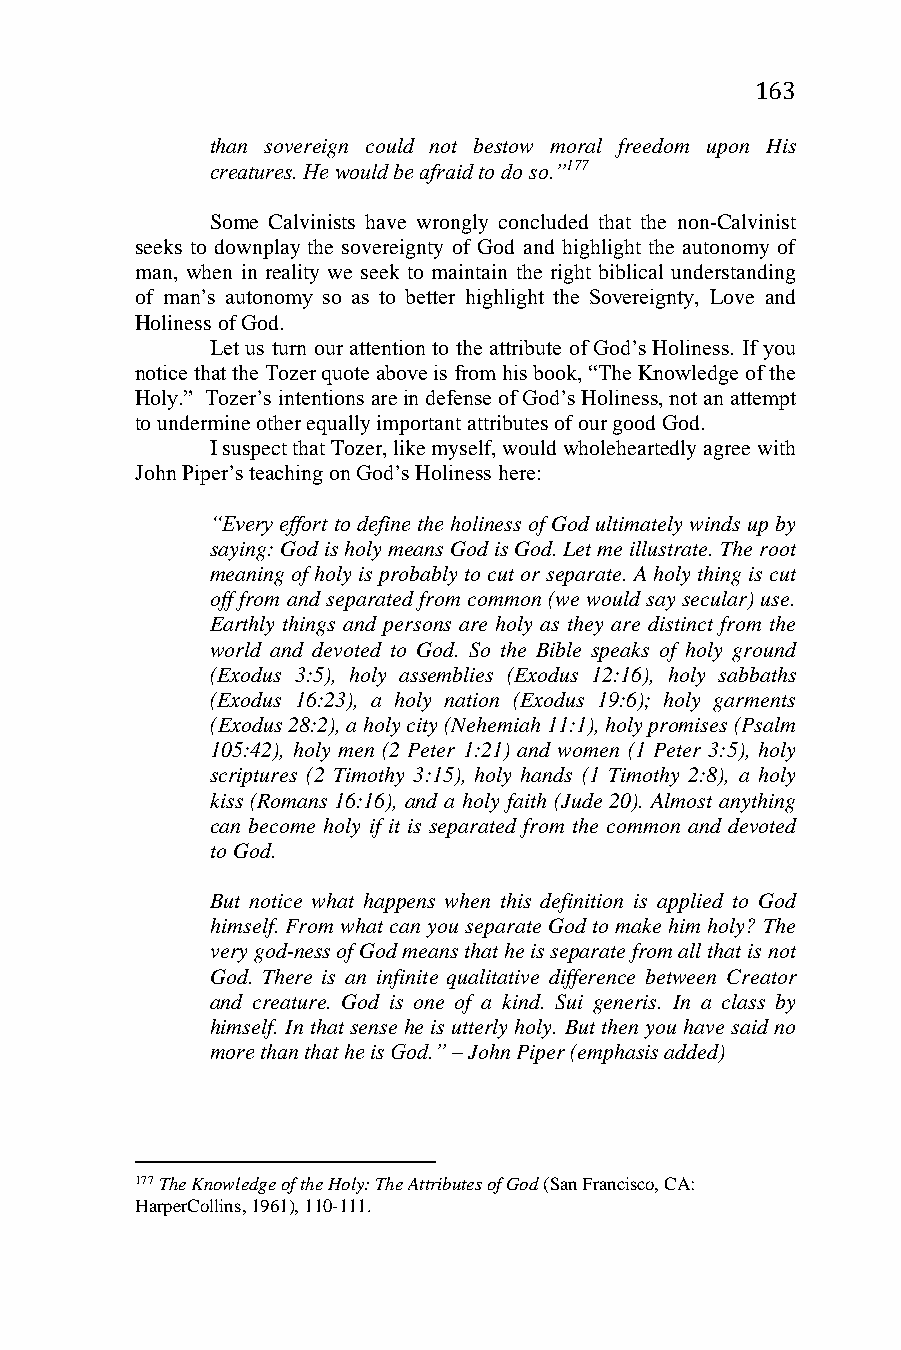
163
 than sovereign could not bestow moral freedom upon His
 creatures. He would be afraid to do so.”177
 Some Calvinists have wrongly concluded that the non-Calvinist
 seeks to downplay the sovereignty of God and highlight the autonomy of
 man, when in reality we seek to maintain the right biblical understanding
 of man’s autonomy so as to better highlight the Sovereignty, Love and
 Holiness of God.
 Let us turn our attention to the attribute of God’s Holiness. If you
 notice that the Tozer quote above is from his book, “The Knowledge of the
 Holy.” Tozer’s intentions are in defense of God’s Holiness, not an attempt
 to undermine other equally important attributes of our good God.
 I suspect that Tozer, like myself, would wholeheartedly agree with
 John Piper’s teaching on God’s Holiness here:
 “Every effort to define the holiness of God ultimately winds up by
 saying: God is holy means God is God. Let me illustrate. The root
 meaning of holy is probably to cut or separate. A holy thing is cut
 off from and separated from common (we would say secular) use.
 Earthly things and persons are holy as they are distinct from the
 world and devoted to God. So the Bible speaks of holy ground
 (Exodus 3:5), holy assemblies (Exodus 12:16), holy sabbaths
 (Exodus 16:23), a holy nation (Exodus 19:6); holy garments
 (Exodus 28:2), a holy city (Nehemiah 11:1), holy promises (Psalm
 105:42), holy men (2 Peter 1:21) and women (1 Peter 3:5), holy
 scriptures (2 Timothy 3:15), holy hands (1 Timothy 2:8), a holy
 kiss (Romans 16:16), and a holy faith (Jude 20). Almost anything
 can become holy if it is separated from the common and devoted
 to God.
 But notice what happens when this definition is applied to God
 himself. From what can you separate God to make him holy? The
 very god-ness of God means that he is separate from all that is not
 God. There is an infinite qualitative difference between Creator
 and creature. God is one of a kind. Sui generis. In a class by
 himself. In that sense he is utterly holy. But then you have said no
 more than that he is God.” – John Piper (emphasis added)
 177 The Knowledge of the Holy: The Attributes of God (San Francisco, CA:
 HarperCollins, 1961), 110-111.